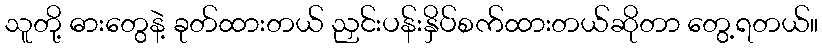
သူတို့ ဓားတွေနဲ့ ခုတ်ထားတယ် ညှင်းပန်းနှိပ်စက်ထားတယ်ဆိုတာ တွေ့ရတယ်။